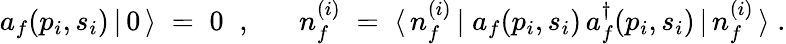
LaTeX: a_{f}(p_{i},s_{i})\, |\, 0\, \rangle\; =\; 0\; \; ,\; \; \; \; \; \; n_{f}^{(i)}\; =\; \langle\, n_{f}^{(i)}\, |\; a_{f}(p_{i},s_{i})\, a_{f}^{\dagger}(p_{i},s_{i})\, |\, n_{f}^{(i)}\, \rangle\; .